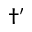
\dagger ^ { \prime }